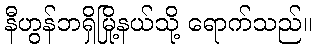
နီဟွန်ဘရှိမြို့နယ်သို့ ရောက်သည်။